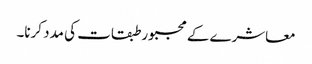
معاشرے کے مجبور طبقات کی مدد کرنا۔